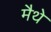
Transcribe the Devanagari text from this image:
मैथे